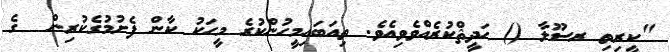
"ކީރިތި ރސޫލާ () ޙަދީޘްކުރެއްވެވިއެވެ. ތިއަބައިމީހުންކުރެ މީހަކު ކާން ފެށުމުގެކުރިން  ގެ